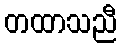
တထာသညီ